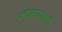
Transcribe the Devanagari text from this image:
ज्यांच्याशी